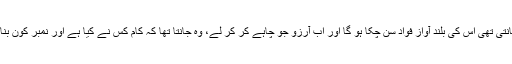
مگر محمل جانتی تھی اس کی بلند آواز فواد سن چکا ہو گا اور اب آرزو جو چاہے کر کر لے، وہ جانتا تھا کہ کام کس نے کیا ہے اور نمبر کون بنانا چاہ رہا تھا۔